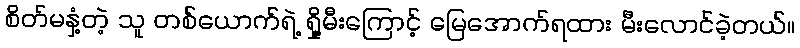
စိတ်မနှံ့တဲ့ သူ တစ်ယောက်ရဲ့ ရှို့မီးကြောင့် မြေအောက်ရထား မီးလောင်ခဲ့တယ်။